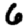
Digit: 6